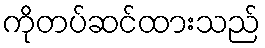
ကိုတပ်ဆင်ထားသည်